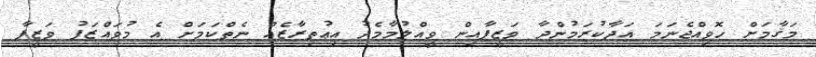
މަޤާމަށް ހޮވިއްޖެނަމަ އަދާކުރަމުންދާ ވަޒީފާއިން ވީއްލުމާމެދު އިޢުތިރާޒެއް ނެތްކަމަށް އެ މުވައްޒަފު ވަޒީފާ